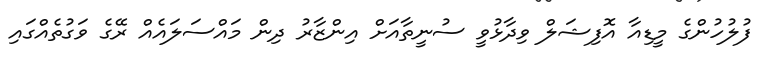
ފުލުހުންގެ މީޑިއާ އޮފިޝަލް ވިދާޅުވީ ސުނީތާއަށް އިންޒާރު ދިން މައްސަލައެއް ރޭގެ ވަގުތެއްގައި